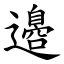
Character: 邉